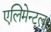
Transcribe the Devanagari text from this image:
एलिमेन्टल